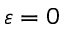
\varepsilon = 0